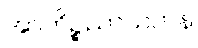
အာကိဉ္စညာယတန